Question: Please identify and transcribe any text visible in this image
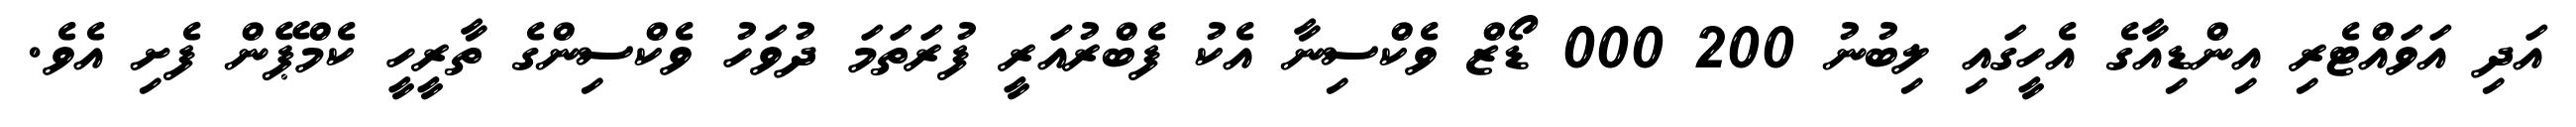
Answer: އަދި އަވައްޓެރި އިންޑިއާގެ އެހީގައި ލިބުނު 200 000 ޑޯޒް ވެކްސިނާ އެކު ފެބްރުއަރީ ފުރަތަމަ ދުވަހު ވެކްސިންގެ ތާރީހީ ކެމްޕޭން ފެށި އެވެ.